Report of the Indian Hemp Drugs Commission, 1894-1895 - Volume IV
Year: 1894
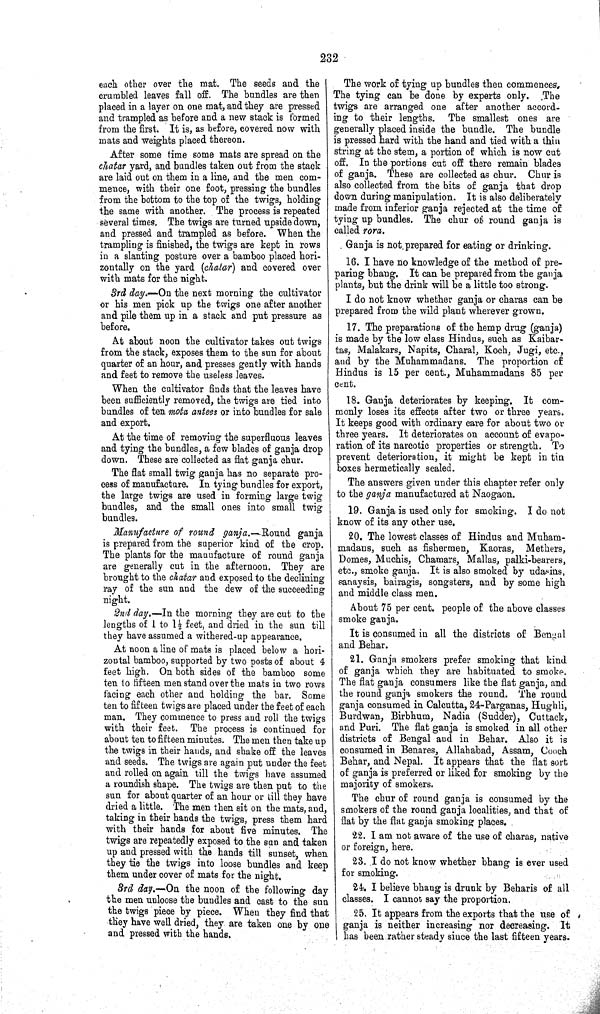
232
each other over the mat. The seeds and the
crumbled leaves fall off. The bundles are then
placed in a layer on one mat, and they are pressed
and trampled as before and a new stack is formed
from the first. It is, as before, covered now with
mats and weights placed thereon.
After some time some mats are spread on the
chatar yard, and bundles taken out from the stack
are laid out on them in a line, and the men com-
mence, with their one foot, pressing the bundles
from the bottom to the top of the twigs, holding
the same with another. The process is repeated
several times. The twigs are turned upside down,
and pressed and trampled as before. When the
trampling is finished, the twigs are kept in rows
in a slanting posture over a bamboo placed hori-
zontally on the yard (chatar) and covered over
with mats for the night.
3rd day.—On the next morning the cultivator
or his men pick up the twigs one after another
and pile them up in a stack and put pressure as
before.
At about noon the cultivator takes out twigs
from the stack, exposes them to the sun for about
quarter of an hour, and presses gently with hands
and feet to remove the useless leaves.
When the cultivator finds that the leaves have
been sufficiently removed, the twigs are tied into
bundles of ten mota antees or into bundles for sale
and export.
At the time of removing the superfluous leaves
and tying the bundles, a few blades of ganja drop
down. These are collected as flat ganja chur.
The flat small twig ganja has no separate pro-
cess of manufacture. In tying bundles for export,
the large twigs are used in forming large twig
bundles, and the small ones into small twig
bundles.
Manufacture of round ganja.—Round ganja
is prepared from the superior kind of the crop.
The plants for the manufacture of round ganja
are generally cut in the afternoon. They are
brought to the chatar and exposed to the declining
ray of the sun and the dew of the succeeding
night.
2nd day.—In the morning they are cut to the
lengths of 1 to 1½ feet, and dried in the sun till
they have assumed a withered-up appearance.
At noon a line of mats is placed below a hori-
zontal bamboo, supported by two posts of about 4
feet high. On both sides of the bamboo some
ten to fifteen men stand over the mats in two rows
facing each other and holding the bar. Some
ten to fifteen twigs are placed under the feet of each
man. They commence to press and roll the twigs
with their feet. The process is continued for
about ten to fifteen minutes. The men then take up
the twigs in their hands, and shake off the leaves
and seeds. The twigs are again put under the feet
and rolled on again till the twigs have assumed
a roundish shape. The twigs are then put to the
sun for about quarter of an hour or till they have
dried a little. The men then sit on the mats, and,
taking in their hands the twigs, press them hard
with their hands for about five minutes. The
twigs are repeatedly exposed to the sun and taken
up and pressed with the hands till sunset, when
they tie the twigs into loose bundles and keep
them under cover of mats for the night.
3rd day.—On the noon of the following day
the men unloose the bundles and cast to the sun
the twigs piece by piece. When they find that
they have well dried, they are taken one by one
and pressed with the hands.
The work of tying up bundles then commences.
The tying can be done by experts only. The
twigs are arranged one after another accord-
ing to their lengths. The smallest ones are
generally placed inside the bundle. The bundle
is pressed hard with the hand and tied with a thin
string at the stem, a portion of which is now cut
off. In the portions cut off there remain blades
of ganja. These are collected as chur. Chur is
also collected from the bits of ganja that drop
down during manipulation. It is also deliberately
made from inferior ganja rejected at the time of
tying up bundles. The chur of round ganja is
called rora.
Ganja is not prepared for eating or drinking.
16. I have no knowledge of the method of pre-
paring bhang. It can be prepared from the ganja
plants, but the drink will be a little too strong.
I do not know whether ganja or charas can be
prepared from the wild plant wherever grown.
17. The preparations of the hemp drug (ganja)
is made by the low class Hindus, such as Kaibar-
tas, Malakars, Napits, Charal, Koch, Jugi, etc.,
and by the Muhammadans. The proportion of
Hindus is 15 per cent., Muhammadans 85 per
cent.
18. Ganja deteriorates by keeping. It com-
monly loses its effects after two or three years.
It keeps good with ordinary care for about two or
three years. It deteriorates on account of evapo-
ration of its narcotic properties or strength. To
prevent deterioration, it might be kept in tin
boxes hermetically sealed.
The answers given under this chapter refer only
to the ganja manufactured at Naogaon.
19. Ganja is used only for smoking. I do not
know of its any other use.
20. The lowest classes of Hindus and Muham-
madans, such as fishermen, Kaoras, Methers,
Domes, Muchis, Chamars, Mallas, palki-bearers,
etc., smoke ganja. It is also smoked by udasins,
sanaysis, bairagis, songsters, and by some high
and middle class men.
About 75 per cent. people of the above classes
smoke ganja.
It is consumed in all the districts of Bengal
and Behar.
21. Ganja smokers prefer smoking that kind
of ganja which they are habituated to smoke.
The flat ganja consumers like the flat ganja, and
the round ganja smokers the round. The round
ganja consumed in Calcutta, 24-Parganas, Hughli,
Burdwan, Birbhum, Nadia (Sudder), Cuttack,
and Puri. The flat ganja is smoked in all other
districts of Bengal and in Behar. Also it is
consumed in Benares, Allahabad, Assam, Cooch
Behar, and Nepal. It appears that the flat sort
of ganja is preferred or liked for smoking by the
majority of smokers.
The chur of round ganja is consumed by the
smokers of the round ganja localities, and that of
flat by the flat ganja smoking places.
22. I am not aware of the use of charas, native
or foreign, here.
23. I do not know whether bhang is ever used
for smoking.
24. I believe bhang is drunk by Beharis of all
classes. I cannot say the proportion.
25. It appears from the exports that the use of
ganja is neither increasing nor decreasing. It
has been rather steady since the last fifteen years.